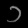
Digit: ၁